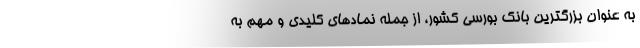
به عنوان بزرگترین بانک بورسی کشور، از جمله نمادهای کلیدی و مهم به